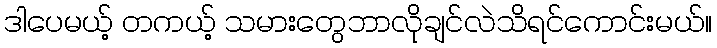
ဒါပေမယ့် တကယ့် သမားတွေဘာလိုချင်လဲသိရင်ကောင်းမယ်။